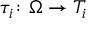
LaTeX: \tau _ { i } \colon \Omega \rightarrow T _ { i }